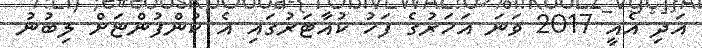
އަދި އެއީ 2017 ވަނަ އަހަރުގެ ފަހު ކުއާޓަރުގައި އެ ކުންފުންޏަށް ލިބުނު